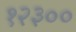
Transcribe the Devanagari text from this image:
१२३००